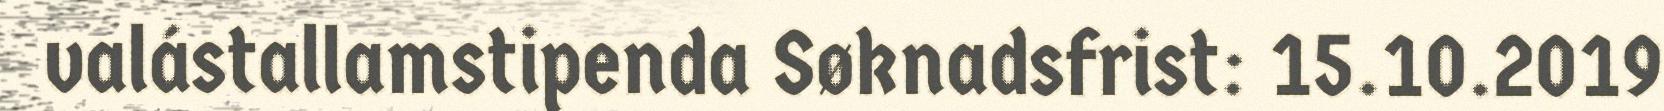
valástallamstipenda Søknadsfrist: 15.10.2019